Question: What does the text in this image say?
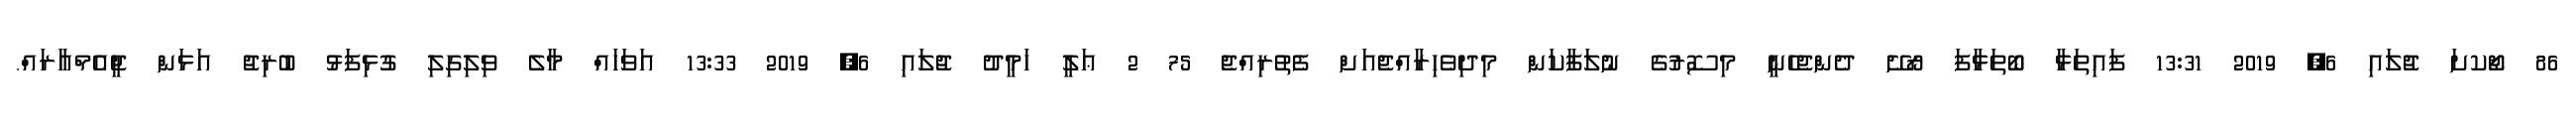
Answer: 86 ޖޯކށަ ޖުލައި 6, 2019 13:31 ފައިތަޅާ ބޯތަޅާފަ ރޯށޭ ދެންޖެހެނީ މިސޮރުގެ ނުލަފާކަން މިދިވެހިރާއްޖެއަށް ފެތުރިއްޖެ 75 2 ޢަލީ ހަމީދު ޖުލައި 6, 2019 13:33 އަވަހައް މާލެ ވިލިގިލި ގުޅިފަޅު ބުރިޖު އަޅަން ޖީއެމްއާރައް.